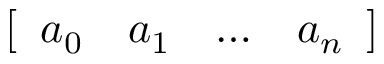
[ \begin{array} { l l l l } { a _ { 0 } } & { a _ { 1 } } & { \ldots } & { a _ { n } } \end{array} ]